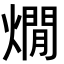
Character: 燗